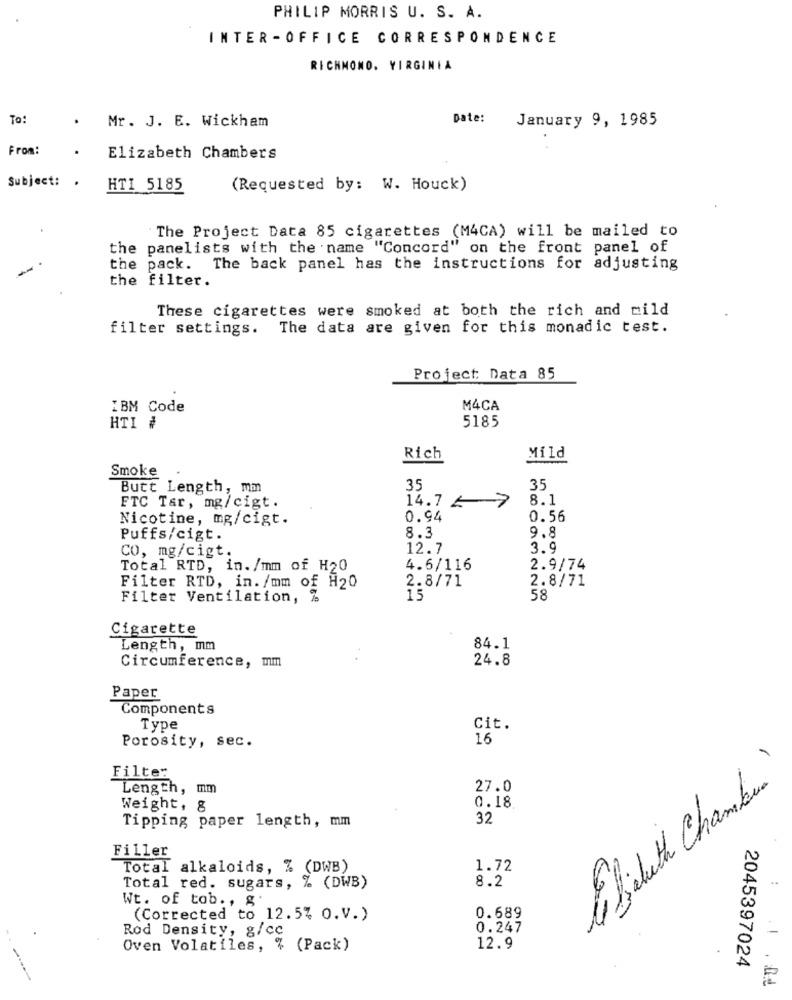
PHILIP MORRIS U. S. A.
INTER -OFFICE CORRESPONDENCE
RICHMOND, VIRGINIA
To:
Date:
January 9, 1985
Mr. J. E. Wickham
From:
Elizabeth Chambers
Subject: .
HTI 5185
(Requested by: W. Houck)
The Project Data 85 cigarettes (M4CA) will be mailed to
the panelists with the name "Concord" on the front panel of
the pack. The back panel has the instructions for adjusting
the filter.
These cigarettes were smoked at both the rich and mild
filter settings.
The data are given for this monadic test.
Project: Data 85
IBM Code
M4CA
5185
HTI #
Rich
Mild
Smoke
Butt Length, mm
35
35
14.7 4 7
8.1
FTC Tar, mg/cigt.
Nicotine, mg/cigt.
0.94
0.56
9.8
Puffs/cigt.
8.3
12.7
3.9
CO, mg/cigt.
Total RTD, in. /mm of H20
4.6/116
2.9/74
2.8/71
2.8/71
Filter RTD, in. /mm of H20
Filter Ventilation, %
15
58
Cigarette
Length, mm
84.1
24.8
Circumference, mm
Paper
Components
Type
Cit.
16
Porosity, sec.
Filter
i lisbeth Chamber
Length, mm
27.0
Weight, &
0.18
32
Tipping paper length, mm
Filler
Total alkaloids, % (DWB)
1.72
8.2
Total red. sugars, % (DWB)
Wt. of tob ., g'
(Corrected to 12.5% O.V.)
0.689
Rod Density, g/cc
0.247
Oven Volatiles, % (Pack)
12.9
2045397024